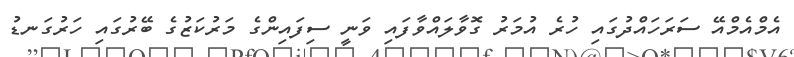
އެމްއެމްއޭ ސަރަހައްދުގައި ހުރެ އުމަރު ގޮވާލައްވާފައި ވަނީ ސިފައިންގެ މަރުކަޒުގެ ބޭރުގައި ހަރުގަނޑު